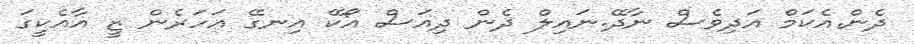
ދެން.އެކަމް އަދިވެސް ނާދޭ.ނައިލް ދެން ދިއަސް އޯކޭ އިނގޭ އަހަރެން ޒީ އާއެކީގަ